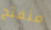
منفتح